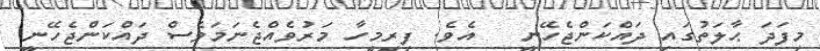
މިފަދަ ޙާލަތުގައި ދައްކަންޖެހޭނީ   އެވެ. ފިރިމީހާ މަރުވެއްޖެނަމަވެސް ދައްކަންޖެހޭނީ